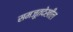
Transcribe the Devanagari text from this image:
समजूतदेखील